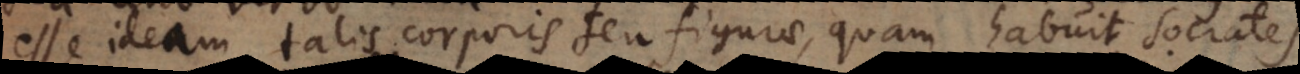
esse ideam talis corporis seu figurae, quam habuit Socrates